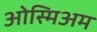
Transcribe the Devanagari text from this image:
ओस्मिअम